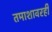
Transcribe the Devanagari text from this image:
तमाशावरही